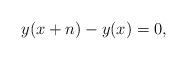
LaTeX: \begin{align*} y(x+n) - y(x)=0, \end{align*}